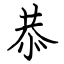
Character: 恭